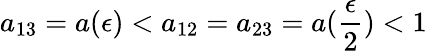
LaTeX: a_{13}=a(\epsilon)<a_{12}=a_{23}=a(\frac{\epsilon}{2})<1